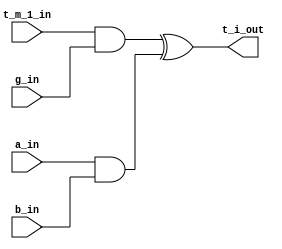
//Design:           SystolicMUL_163_8_digits
//
//
//Use:              2xor cell.
//
//
//Version           Date                Note
//  1.0             2014/12/20          Original created
//
//----------------------------------------------------------

module cell_2(
//-----input-----
  a_in,
  g_in,
  b_in,
  t_m_1_in,
//-----output----- 
  t_i_out
);

input a_in;
input g_in;
input b_in;
input t_m_1_in;

output t_i_out;

assign t_i_out= (t_m_1_in & g_in) ^ (a_in & b_in);

endmodule